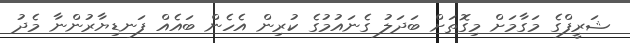
ޝަރީފްގެ މަގާމަށް މިގޮތަށް ބަދަލު ގެނައުމުގެ ކުރިން އެހެން ބައެއް ފަނޑިޔާރުންނާ މެދު